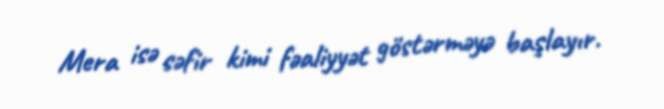
Mera isə səfir kimi fəaliyyət göstərməyə başlayır.